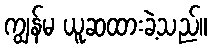
ကျွန်မ ယူဆထားခဲ့သည်။